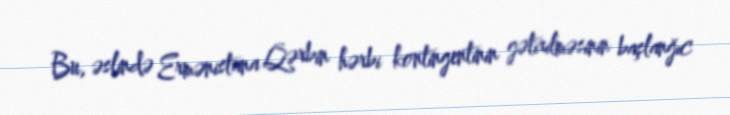
Bu, əslində Ermənistana Qərbin hərbi kontingentinin gətirilməsinin başlanğıc